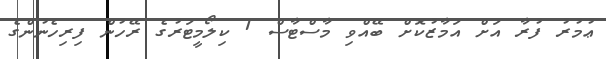
ޢުމުރު ފުރާ އަށް އަމާޒުކޮށް ބޭއްވި މާސްޓާސް 1 ކިލޯމީޓަރުގެ ރޭހުން ފިރިހެނުންގެ